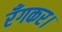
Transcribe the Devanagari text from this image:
रँगकर।